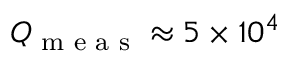
Q _ { \textrm { m e a s } } \approx 5 \times 1 0 ^ { 4 }